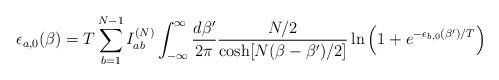
LaTeX: \begin{align*}\epsilon_{a,0}(\beta) = T \sum_{b=1}^{N-1} I_{ab}^{(N)} \int_{-\infty}^\infty\frac{d\beta'}{2\pi}\frac{N/2}{\cosh[N(\beta-\beta')/2]}\ln\left(1+e^{-\epsilon_{b,0}(\beta')/T}\right)\end{align*}